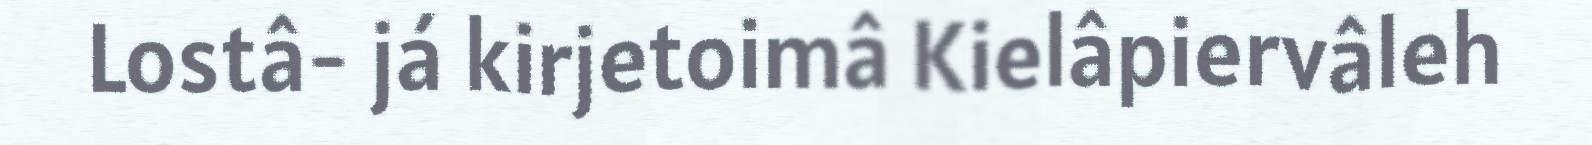
Lostâ- já kirjetoimâ Kielâpiervâleh